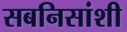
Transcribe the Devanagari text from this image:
सबनिसांशी